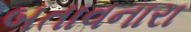
બતાવનારા